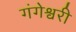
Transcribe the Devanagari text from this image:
गंगेश्वरी